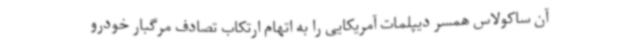
آن ساکولاس همسر دیپلمات آمریکایی را به اتهام ارتکاب تصادف مرگبار خودرو